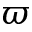
\varpi